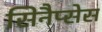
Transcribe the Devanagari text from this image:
सिनैप्सेस